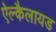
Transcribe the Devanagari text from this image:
ऐल्कैलायड